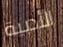
الأدبية